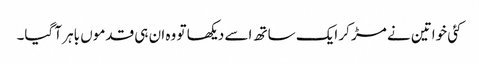
کئی خواتین نے مڑ کر ایک ساتھ اسے دیکھا تو وہ ان ہی قدموں باہر آ گیا۔